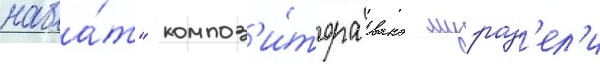
наба́т" композ'и́тора вано мурад'ел'и